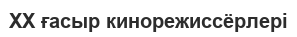
XX ғасыр кинорежиссёрлері